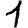
Digit: 1